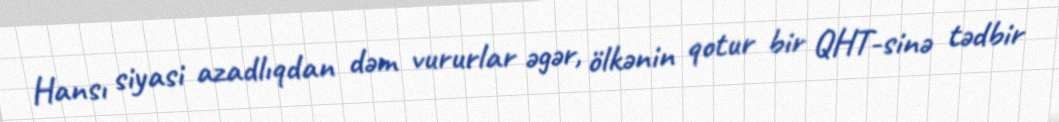
Hansı siyasi azadlıqdan dəm vururlar əgər, ölkənin qotur bir QHT-sinə tədbir